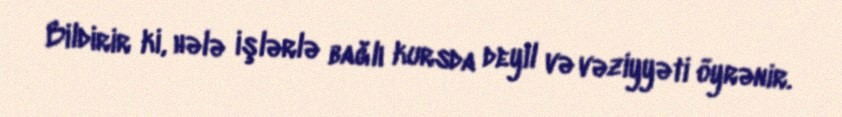
Bildirir ki, hələ işlərlə bağlı kursda deyil və vəziyyəti öyrənir.